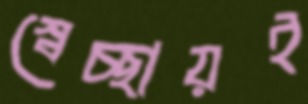
স্বেচ্ছায়ই